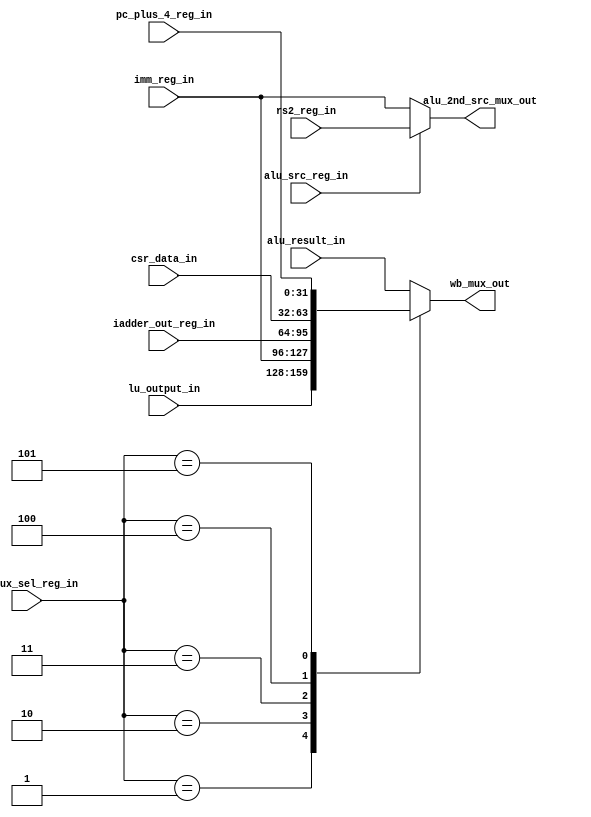
module msrv32_wb_mux_sel_unit (alu_src_reg_in, wb_mux_sel_reg_in, alu_result_in, lu_output_in, imm_reg_in
                               ,iadder_out_reg_in, csr_data_in, pc_plus_4_reg_in, rs2_reg_in, wb_mux_out, alu_2nd_src_mux_out);

input [31:0] alu_result_in, lu_output_in, imm_reg_in, iadder_out_reg_in, csr_data_in, pc_plus_4_reg_in, rs2_reg_in;
input alu_src_reg_in;
input [2:0] wb_mux_sel_reg_in;
output reg [31:0] wb_mux_out, alu_2nd_src_mux_out;

parameter WB_ALU           = 3'b 000;
parameter WB_LU            = 3'b 001;
parameter WB_IMM           = 3'b 010;
parameter WB_IADDER_OUT    = 3'b 011;
parameter WB_CSR           = 3'b 100;
parameter WB_PC_PLUS       = 3'b 101;

always @ (*)
begin
   case(wb_mux_sel_reg_in)
   WB_ALU         : wb_mux_out = alu_result_in;
   WB_LU          : wb_mux_out = lu_output_in;
   WB_IMM         : wb_mux_out = imm_reg_in;
   WB_IADDER_OUT  : wb_mux_out = iadder_out_reg_in;
   WB_CSR         : wb_mux_out = csr_data_in;
   WB_PC_PLUS     : wb_mux_out = pc_plus_4_reg_in;
   default        : wb_mux_out = alu_result_in;
   endcase
   alu_2nd_src_mux_out = alu_src_reg_in ? rs2_reg_in : imm_reg_in;
end

endmodule